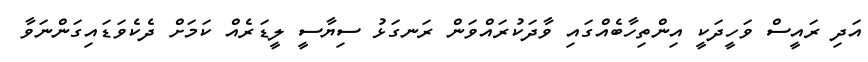
އަދި ރައީސް ވަހީދަކީ އިންތިހާބެއްގައި ވާދަކުރައްވަން ރަނގަޅު ސިޔާސީ ލީޑަރެއް ކަމަށް ދެކެވަޑައިގަންނަވާ